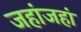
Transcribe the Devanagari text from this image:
जहांजहां